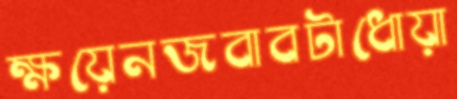
ক্ষয়েনজবাবটাধোয়া